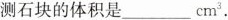
测石块的体积是___cm^{3}.